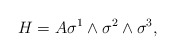
\begin{align*}H=A\sigma^1\wedge\sigma^2\wedge\sigma^3, \end{align*}